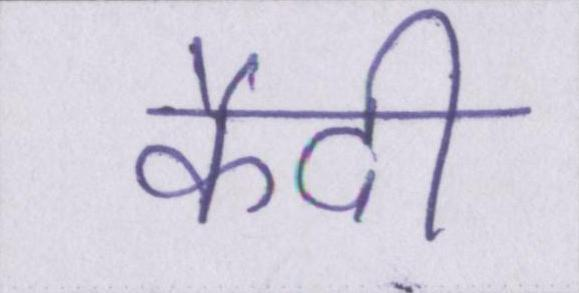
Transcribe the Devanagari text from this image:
कैदी